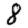
Digit: 8